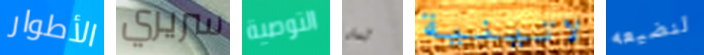
الأطوار سريري التوصية تدل لاتينية لنضيعه